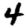
Digit: 4